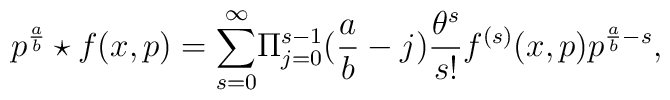
{p^{\frac{a}{b}} \star f(x,p)} = {\sum _{s=0}^{\infty}}{\Pi _{j=0}^{s-1}}({\frac{a}{b}}-j) {\frac {\theta ^{s}}{s!}}f^{(s)}(x,p) p^{\frac{a}{b}-s},